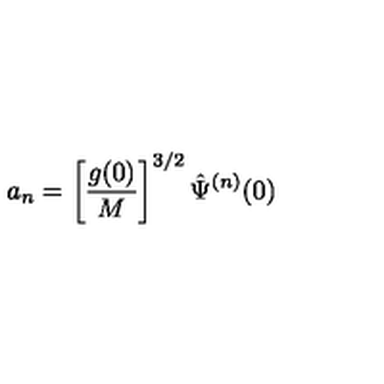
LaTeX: a _ { n } = \left[ \frac { g ( 0 ) } { M } \right] ^ { 3 / 2 } \hat { \Psi } ^ { ( n ) } ( 0 )